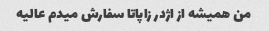
من همیشه از اژدر زاپاتا سفارش میدم عالیه